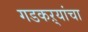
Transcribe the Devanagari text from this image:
गडकऱ्यांचा